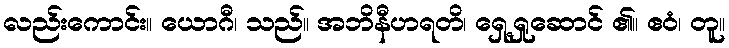
လည်းကောင်း။ ယောဂီ၊ သည်။ အဘိနီဟရတိ၊ ရှေ့ရှုဆောင် ၏။ ဧဝံ၊ တူ။